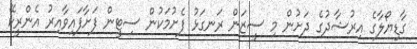
ގާޑިޔޯލާގެ އިރުޝާދުގެ ދަށުން މި ސީޒަން ރަނގަޅު ފެށުމަކުން ސިޓީން ފަށާފައިވާއިރު އެންރީކޭ